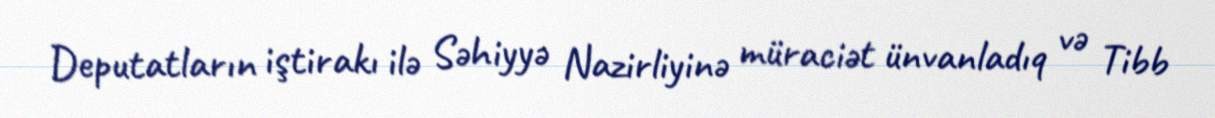
Deputatların iştirakı ilə Səhiyyə Nazirliyinə müraciət ünvanladıq və Tibb